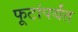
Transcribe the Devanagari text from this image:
फूटांपर्यंत